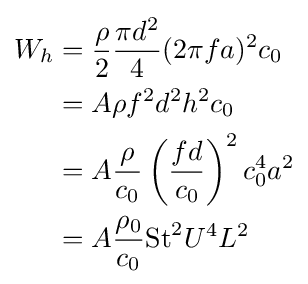
{\begin{aligned}W_{h}&={\frac {\rho }{2}}{\frac {\pi d^{2}}{4}}(2\pi fa)^{2}c_{0}\\&=A\rho f^{2}d^{2}h^{2}c_{0}\\&=A{\frac {\rho }{c_{0}}}\left({\frac {fd}{c_{0}}}\right)^{2}c_{0}^{4}a^{2}\\&=A{\frac {\rho _{0}}{c_{0}}}{\text{St}}^{2}U^{4}L^{2}\end{aligned}}